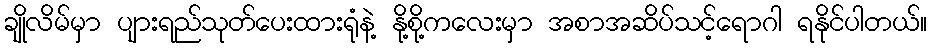
ချိုလိမ်မှာ ပျားရည်သုတ်ပေးထားရုံနဲ့ နို့စို့ကလေးမှာ အစာအဆိပ်သင့်ရောဂါ ရနိုင်ပါတယ်။